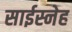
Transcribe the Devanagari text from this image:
साईस्नेह